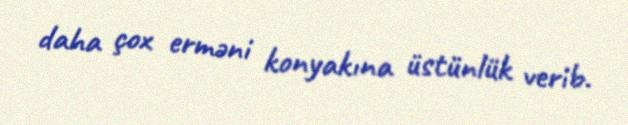
daha çox erməni konyakına üstünlük verib.